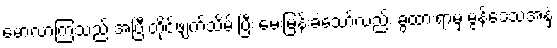
မောလာကြသည် အပြီးတိုင်ဖျက်သိမ်းပြီး မေးမြန်းခဲ့သော်လည်း ခွထားရာမှ မွန်ဒေသအနှံ့